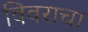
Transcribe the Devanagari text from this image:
विवराचा